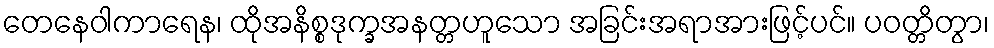
တေနေဝါကာရေန၊ ထိုအနိစ္စဒုက္ခအနတ္တဟူသော အခြင်းအရာအားဖြင့်ပင်။ ပဝတ္တိတွာ၊